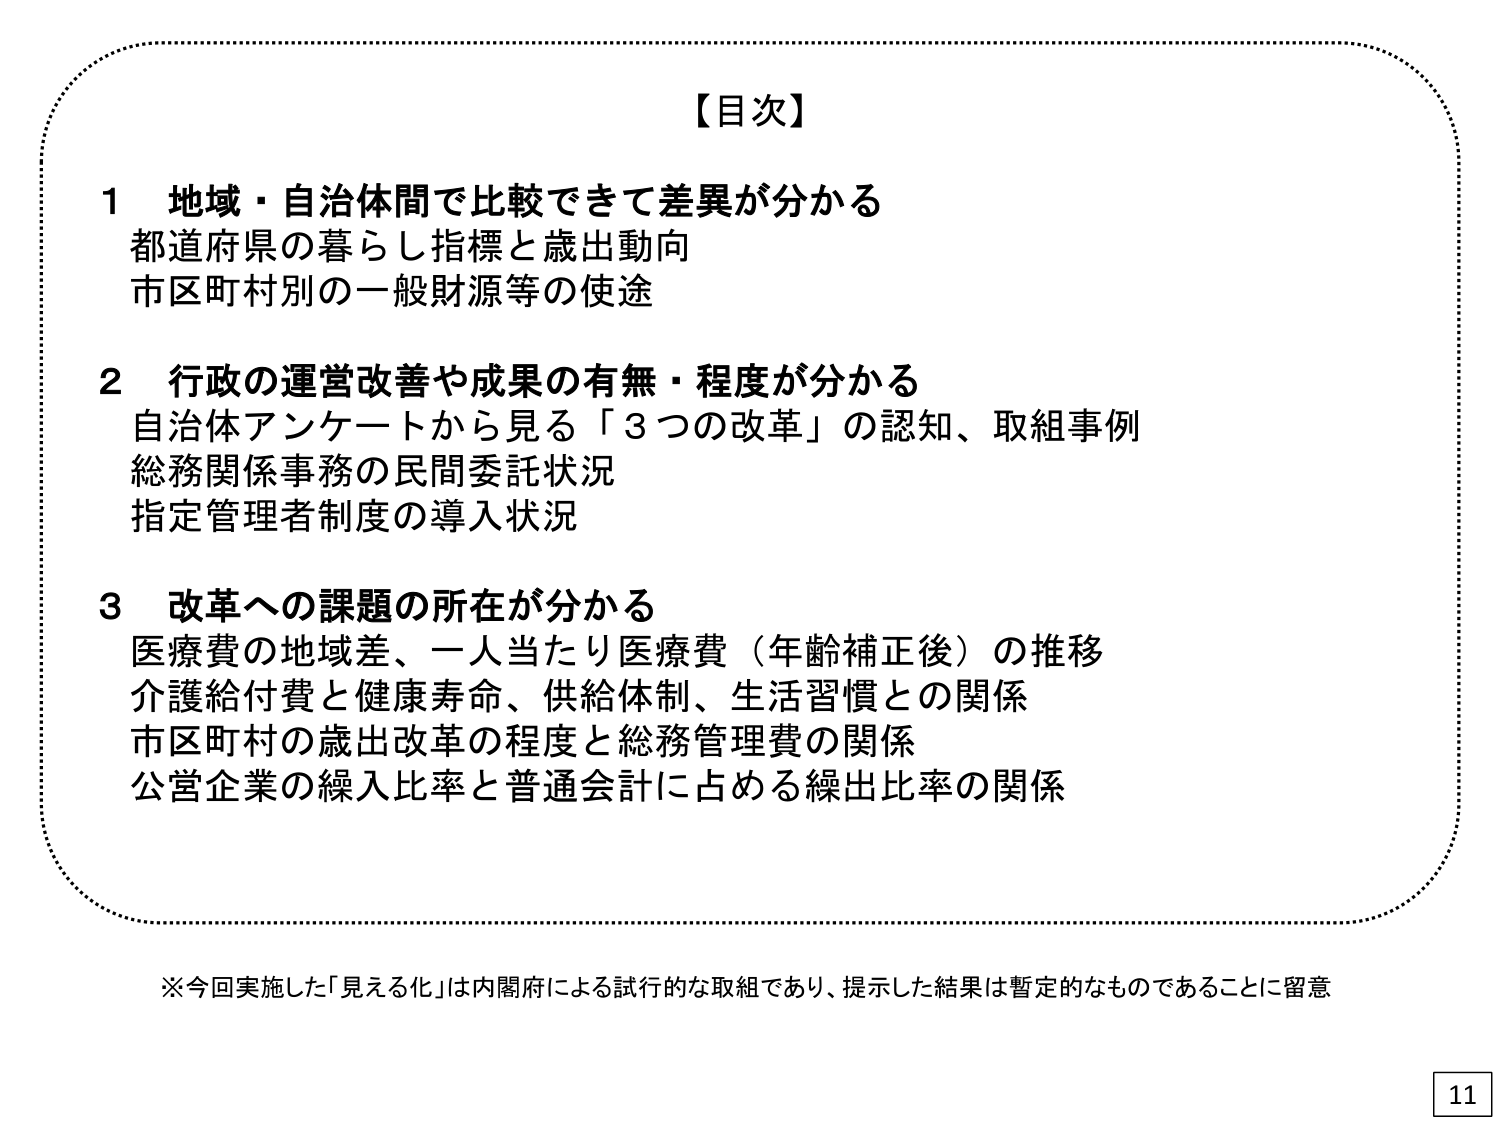
【目次】

1 地域・自治体間で比較できて差異が分かる
都道府県の暮らし指標と歳出動向
市区町村別的一般財源等の使途

2 行政の運営改善や成果の有無・程度が分かる
自治体アンケートから見る「3つの改革」の認知、取組事例
総務関係事務の民間委託状況
指定管理者制度の導入状況

3 改革への課題の所在が分かる
医療費の地域差、一人当たり医療費（年齢補正後）の推移
介護給付費と健康寿命、供給体制、生活習慣との関係
市区町村の歳出改革の程度と総務管理費の関係
公営企業の繰入比率と普通会計に占める繰出比率の関係

※今回実施した「見える化」は内閣府による試行的な取組であり、提示した結果は暫定的なものであることに留意

11